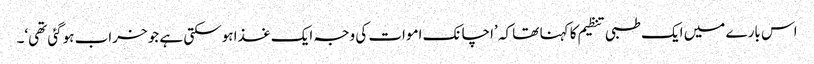
اس بارے میں ایک طبی تنظیم کا کہنا تھا کہ ’اچانک اموات کی وجہ ایک غذا ہوسکتی ہے جو خراب ہوگئی تھی‘۔